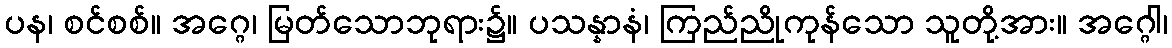
ပန၊ စင်စစ်။ အဂ္ဂေ၊ မြတ်သောဘုရား၌။ ပသန္နာနံ၊ ကြည်ညိုကုန်သော သူတို့အား။ အဂ္ဂေါ၊